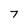
Character: 7